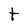
Character: t